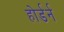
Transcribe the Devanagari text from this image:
होर्डर्न